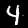
Label: 4